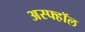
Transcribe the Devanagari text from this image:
अस्फ्हॉल